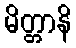
မိတ္တာနိ